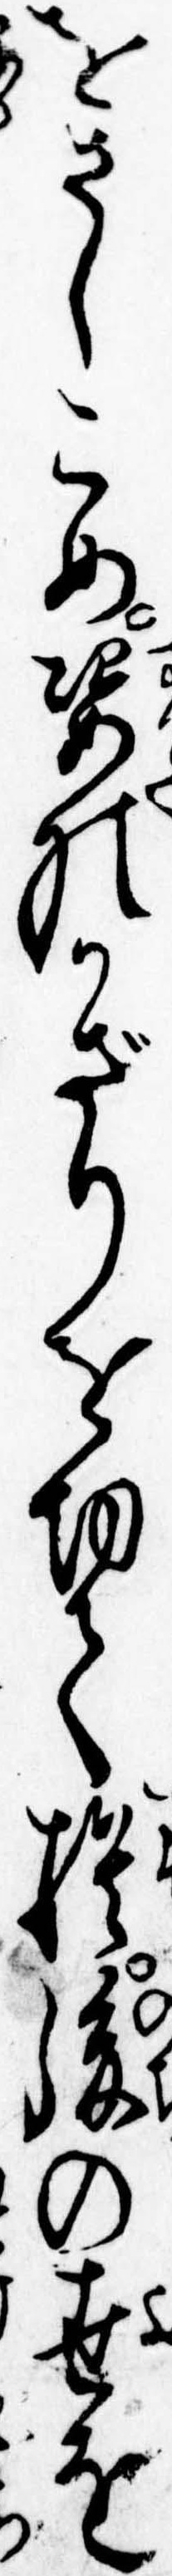
をさしこめ姿のかざりを切て捨後の世を